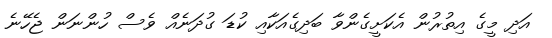
އަދި މީގެ އިތުރުން އެކަށީގެންވާ ބަދިގެއަކާއި ކުޑަ ގުދަނެއް ވެސް ހުންނަން ޖެހޭނެ